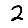
Digit: 2